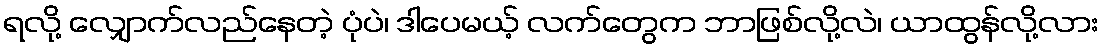
ရလို့ လျှောက်လည်နေတဲ့ ပုံပဲ၊ ဒါပေမယ့် လက်တွေက ဘာဖြစ်လို့လဲ၊ ယာထွန်လို့လား